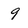
Character: 9